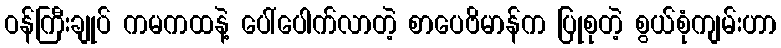
ဝန်ကြီးချုပ် ကမကထနဲ့ ပေါ်ပေါက်လာတဲ့ စာပေဗိမာန်က ပြုစုတဲ့ စွယ်စုံကျမ်းဟာ